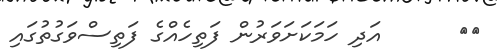
٣٨      އަދި ހަމަކަށަވަރުން ފަތިހެއްގެ ފަތިސްވަގުތުގައި